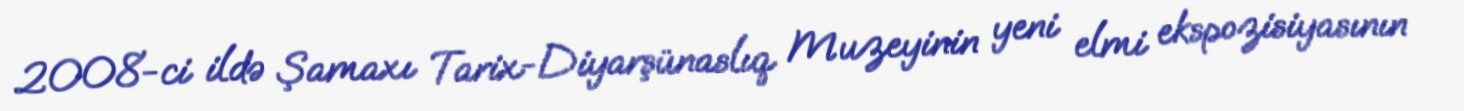
2008-ci ildə Şamaxı Tarix-Diyarşünaslıq Muzeyinin yeni elmi ekspozisiyasının